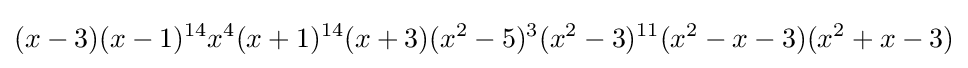
(x-3)(x-1)^{14}x^{4}(x+1)^{14}(x+3)(x^{2}-5)^{3}(x^{2}-3)^{11}(x^{2}-x-3)(x^{2}+x-3)